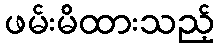
ဖမ်းမိထားသည့်